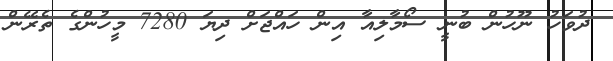
ދުވަހު ނޫހުން ބުނީ ސޯމާލިއާ އިން ހައްޖަށް ދިޔަ 7280 މީހުންގެ ތެރޭން